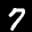
Label: 7